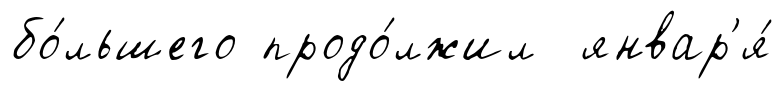
бо́льшего продо́лжил январ'я́